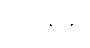
သေနိယံ